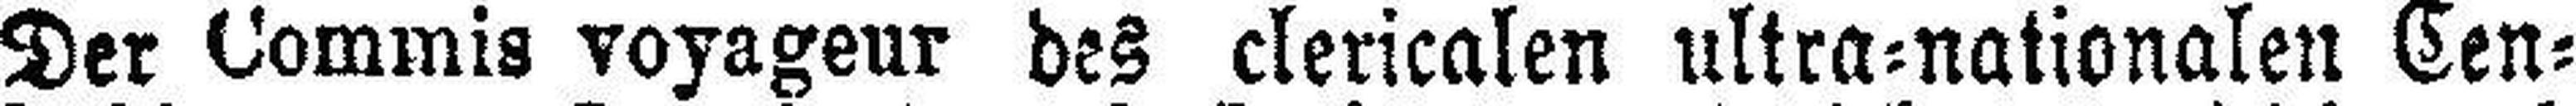
Der Commis voyageur des clericalen ultra=nationalen Cen¬